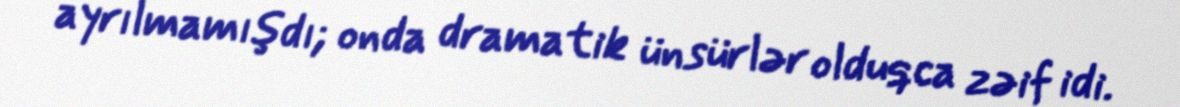
ayrılmamışdı; onda dramatik ünsürlər olduqca zəif idi.